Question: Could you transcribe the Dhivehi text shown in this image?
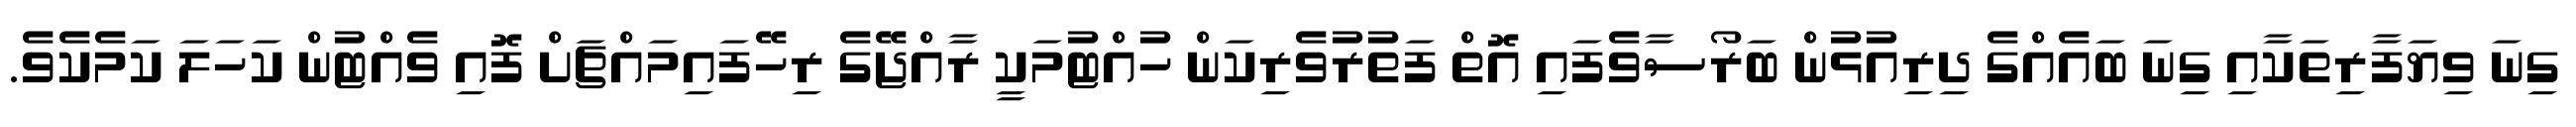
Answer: ގިނަ ވިޔަފާރިތަކާއި ގިނަ ބައެއްގެ ދިރިއުޅުން ބަރޯސާވެފައި އޮތް ފަތުރުވެރިކަން ހުއްޓުމަކީ ރާއްޖޭގެ ރިހޭފައިމައްޗަށް ފޮއި ވެއްޓުން ކަހަލަ ކަމެކެވެ.